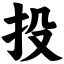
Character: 投